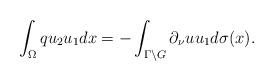
LaTeX: \begin{align*} \int_\Omega qu_2u_1dx=-\int_{\Gamma\setminus G}\partial_\nu uu_1d\sigma(x).\end{align*}